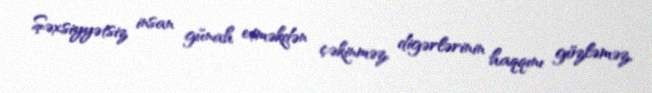
Şəxsiyyətsiz insan günah etməkdən çəkinməz, digərlərinin haqqını gözləməz,